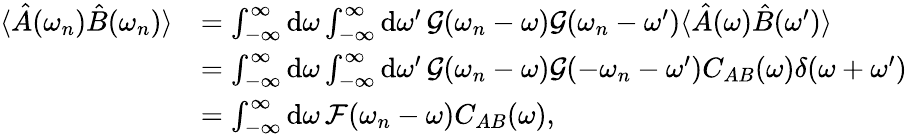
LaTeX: \begin{array}{rl}{\langle\hat{A}(\omega_{n})\hat{B}(\omega_{n})\rangle}&{=\int_{-\infty}^{\infty}\mathrm{d}\omega\int_{-\infty}^{\infty}\mathrm{d}\omega^{\prime}\, \mathcal{G}(\omega_{n}-\omega)\mathcal{G}(\omega_{n}-\omega^{\prime})\langle\hat{A}(\omega)\hat{B}(\omega^{\prime})\rangle}\\ &{=\int_{-\infty}^{\infty}\mathrm{d}\omega\int_{-\infty}^{\infty}\mathrm{d}\omega^{\prime}\, \mathcal{G}(\omega_{n}-\omega)\mathcal{G}(-\omega_{n}-\omega^{\prime})C_{AB}(\omega)\delta(\omega+\omega^{\prime})}\\ &{=\int_{-\infty}^{\infty}\mathrm{d}\omega\, \mathcal{F}(\omega_{n}-\omega)C_{AB}(\omega),}\end{array}